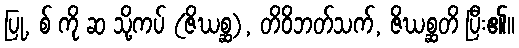
ပြု, စ် ကို ဆ သို့ကပ် (ဇိဃစ္ဆ), တိဝိဘတ်သက်, ဇိဃစ္ဆတိ ပြီး၏။